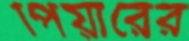
পিয়ারের